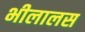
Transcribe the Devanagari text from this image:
भीलालस